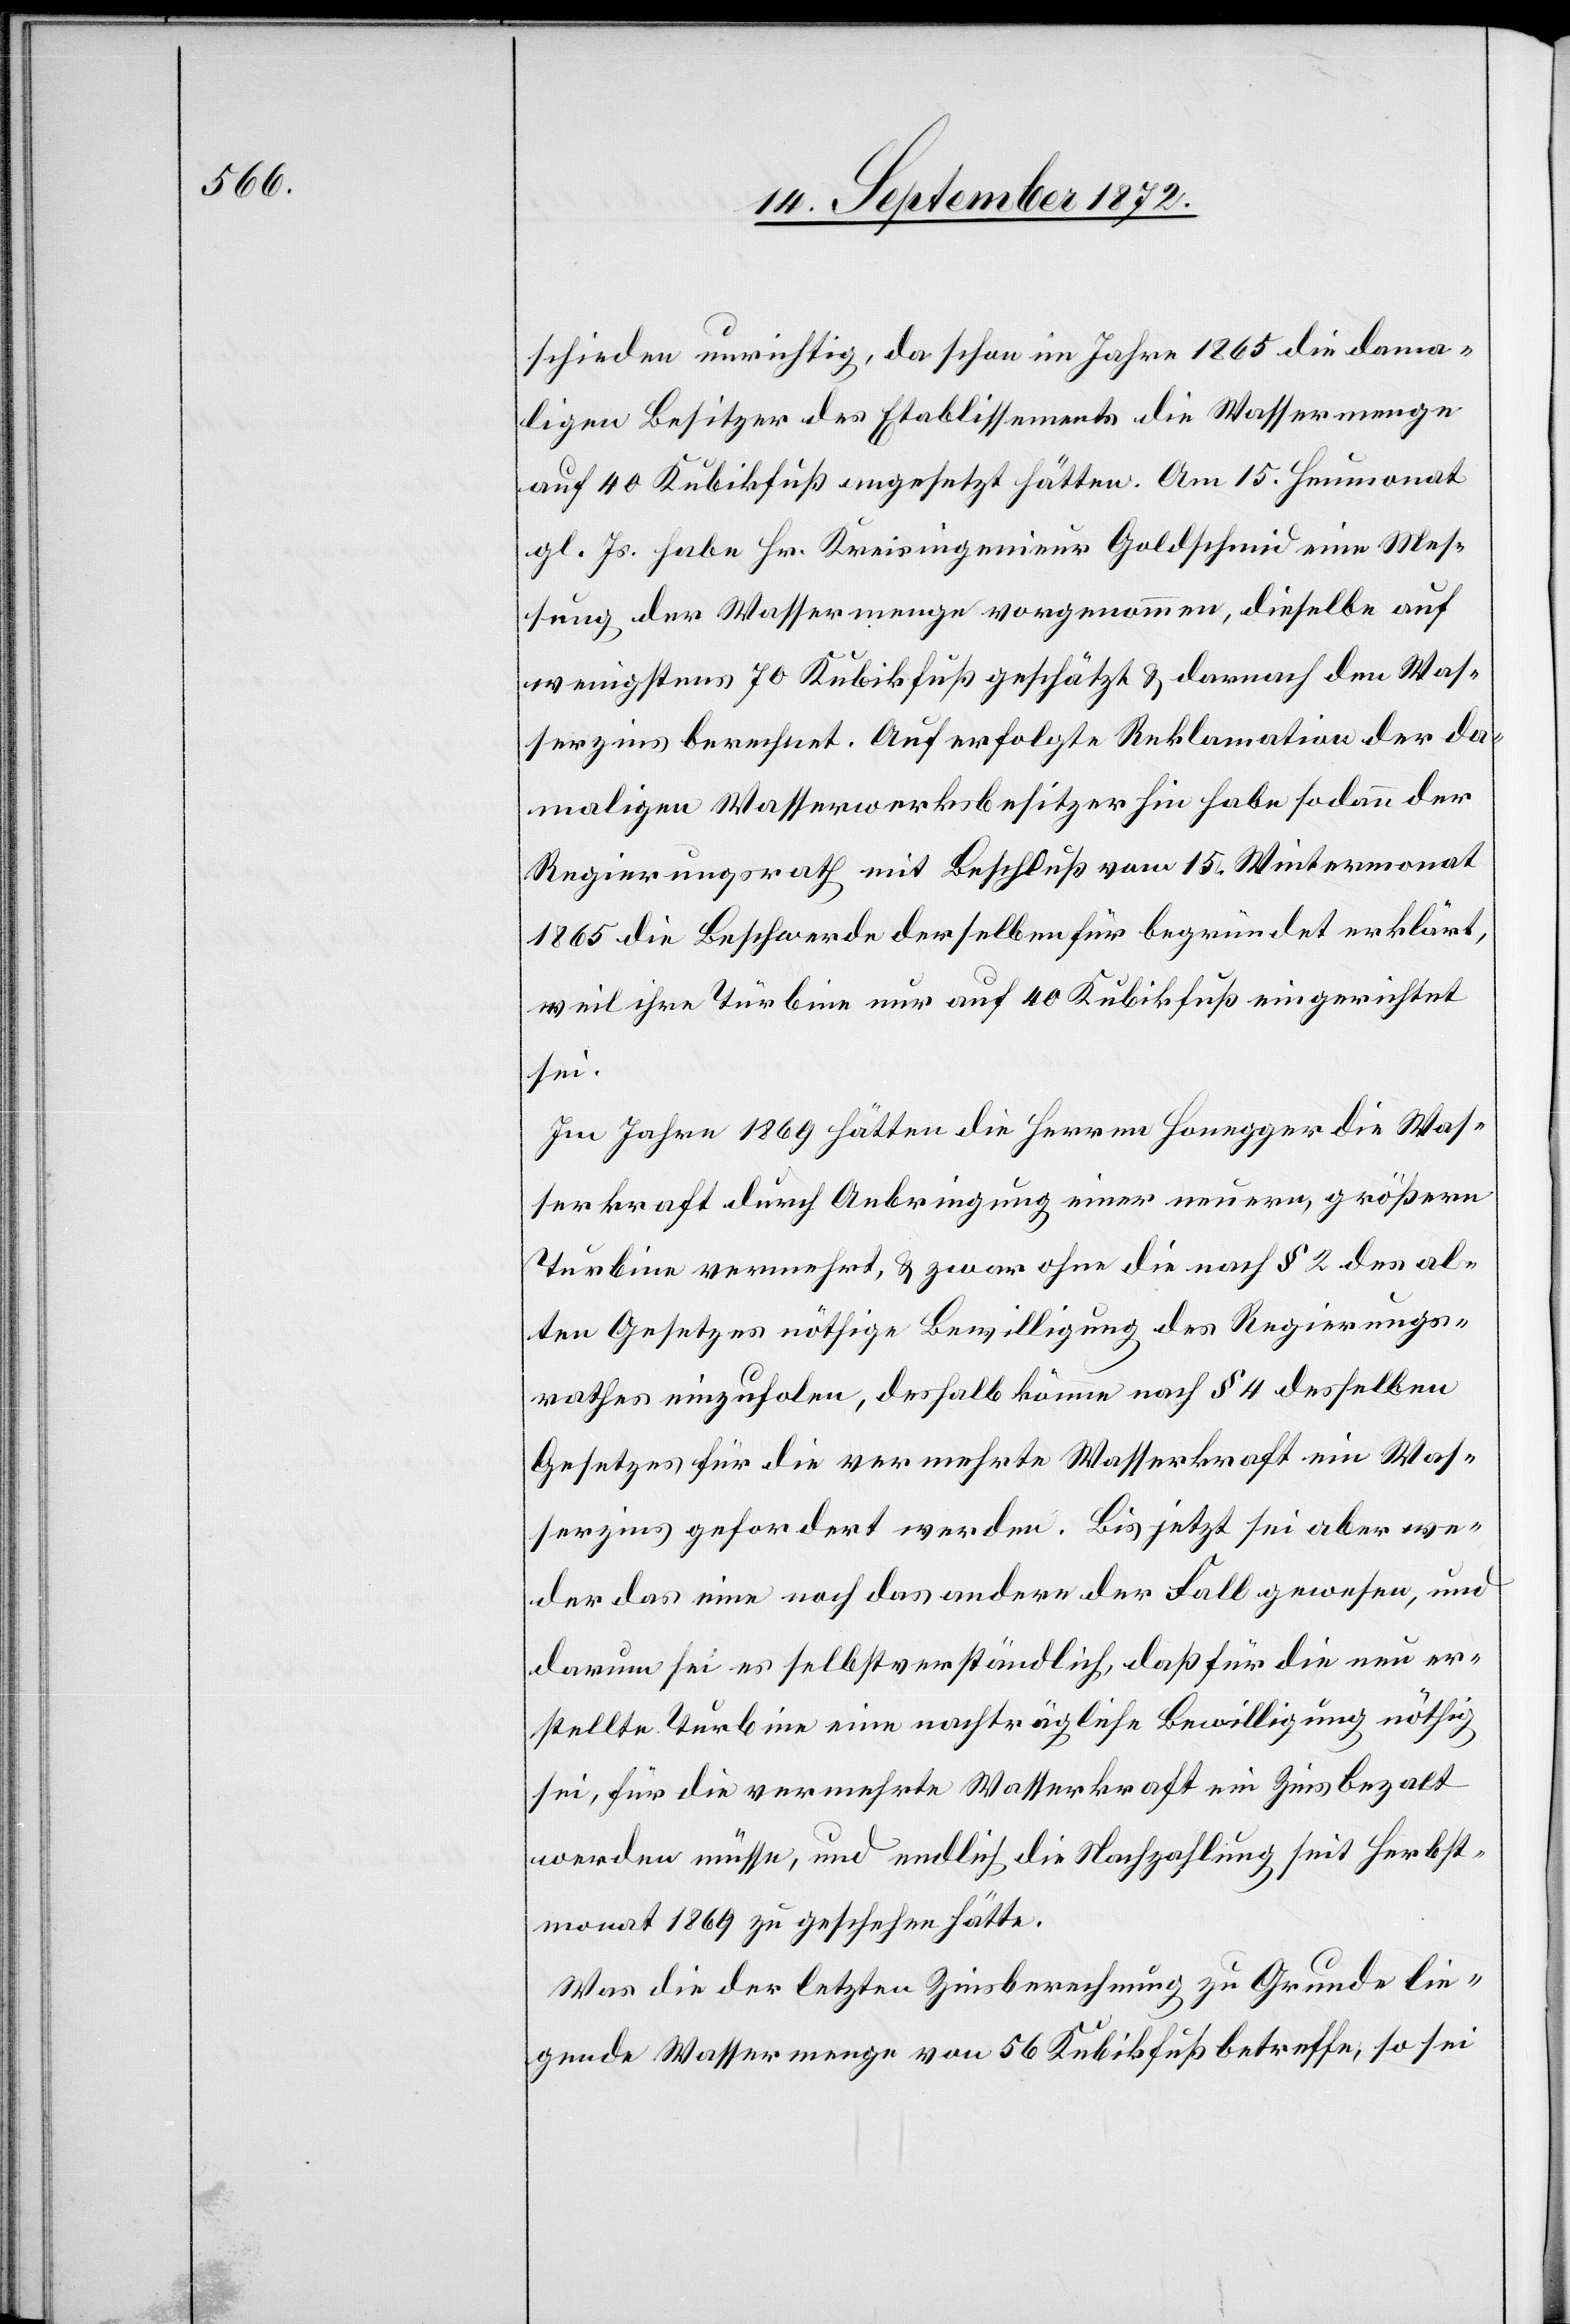
schieden unrichtig, da schon im Jahre 1865 die dama¬
ligen Besitzer des Etablissements die Wassermenge
auf 40 Kubikfuß angesetzt hätten. Am 15. Heumonat
gl. Js. habe Hr. Kreisingenieur Goldschmid eine Mes¬
sung der Wassermenge vorgenommen, dieselbe auf
wenigstens 70 Kubikfuß geschätzt u. darnach den Was¬
serzins berechnet. Auf erfolgte Reklamation der da¬
maligen Wasserwerksbesitzer hin habe sodann der
Regierungsrath mit Beschluß vom 15. Wintermonat
1865 die Beschwerde derselben für begründet erklärt,
weil ihre Türbine nur auf 40 Kubikfuß eingerichtet
sei.
Im Jahre 1869 hätten die Herren Honegger die Was¬
serkraft durch Anbringung einer neuern, größern
Turbine vermehrt, u. zwar ohne die nach § 2 des al¬
ten Gesetzes nöthige Bewilligung des Regierungs¬
rathes einzuholen, deshalb könne nach § 4 desselben
Gesetzes für die vermehrte Wasserkraft ein Was¬
serzins gefordert werden. Bis jetzt sei aber we¬
der das eine noch das andere der Fall gewesen, und
darum sei es selbstverständlich, daß für die neu er¬
stellte Turbine eine nachträgliche Bewilligung nöthig
sei, für die vermehrte Wasserkraft ein Zins bezalt
werden müsse, und endlich die Nachzahlung seit Herbst¬
monat 1869 zu geschehen hätte.
Was die der letzten Zinsberechnung zu Grunde lie¬
gende Wassermenge von 56 Kubikfuß betreffe, so sei